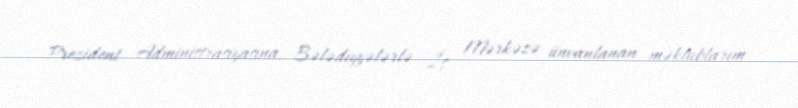
Prezident Administrasiyasına, Bələdiyyələrlə İş Mərkəzə ünvanlanan məktublarım